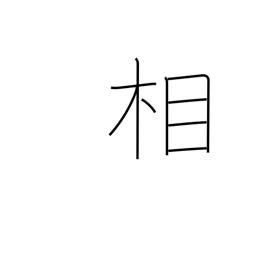
Meaning: aspect